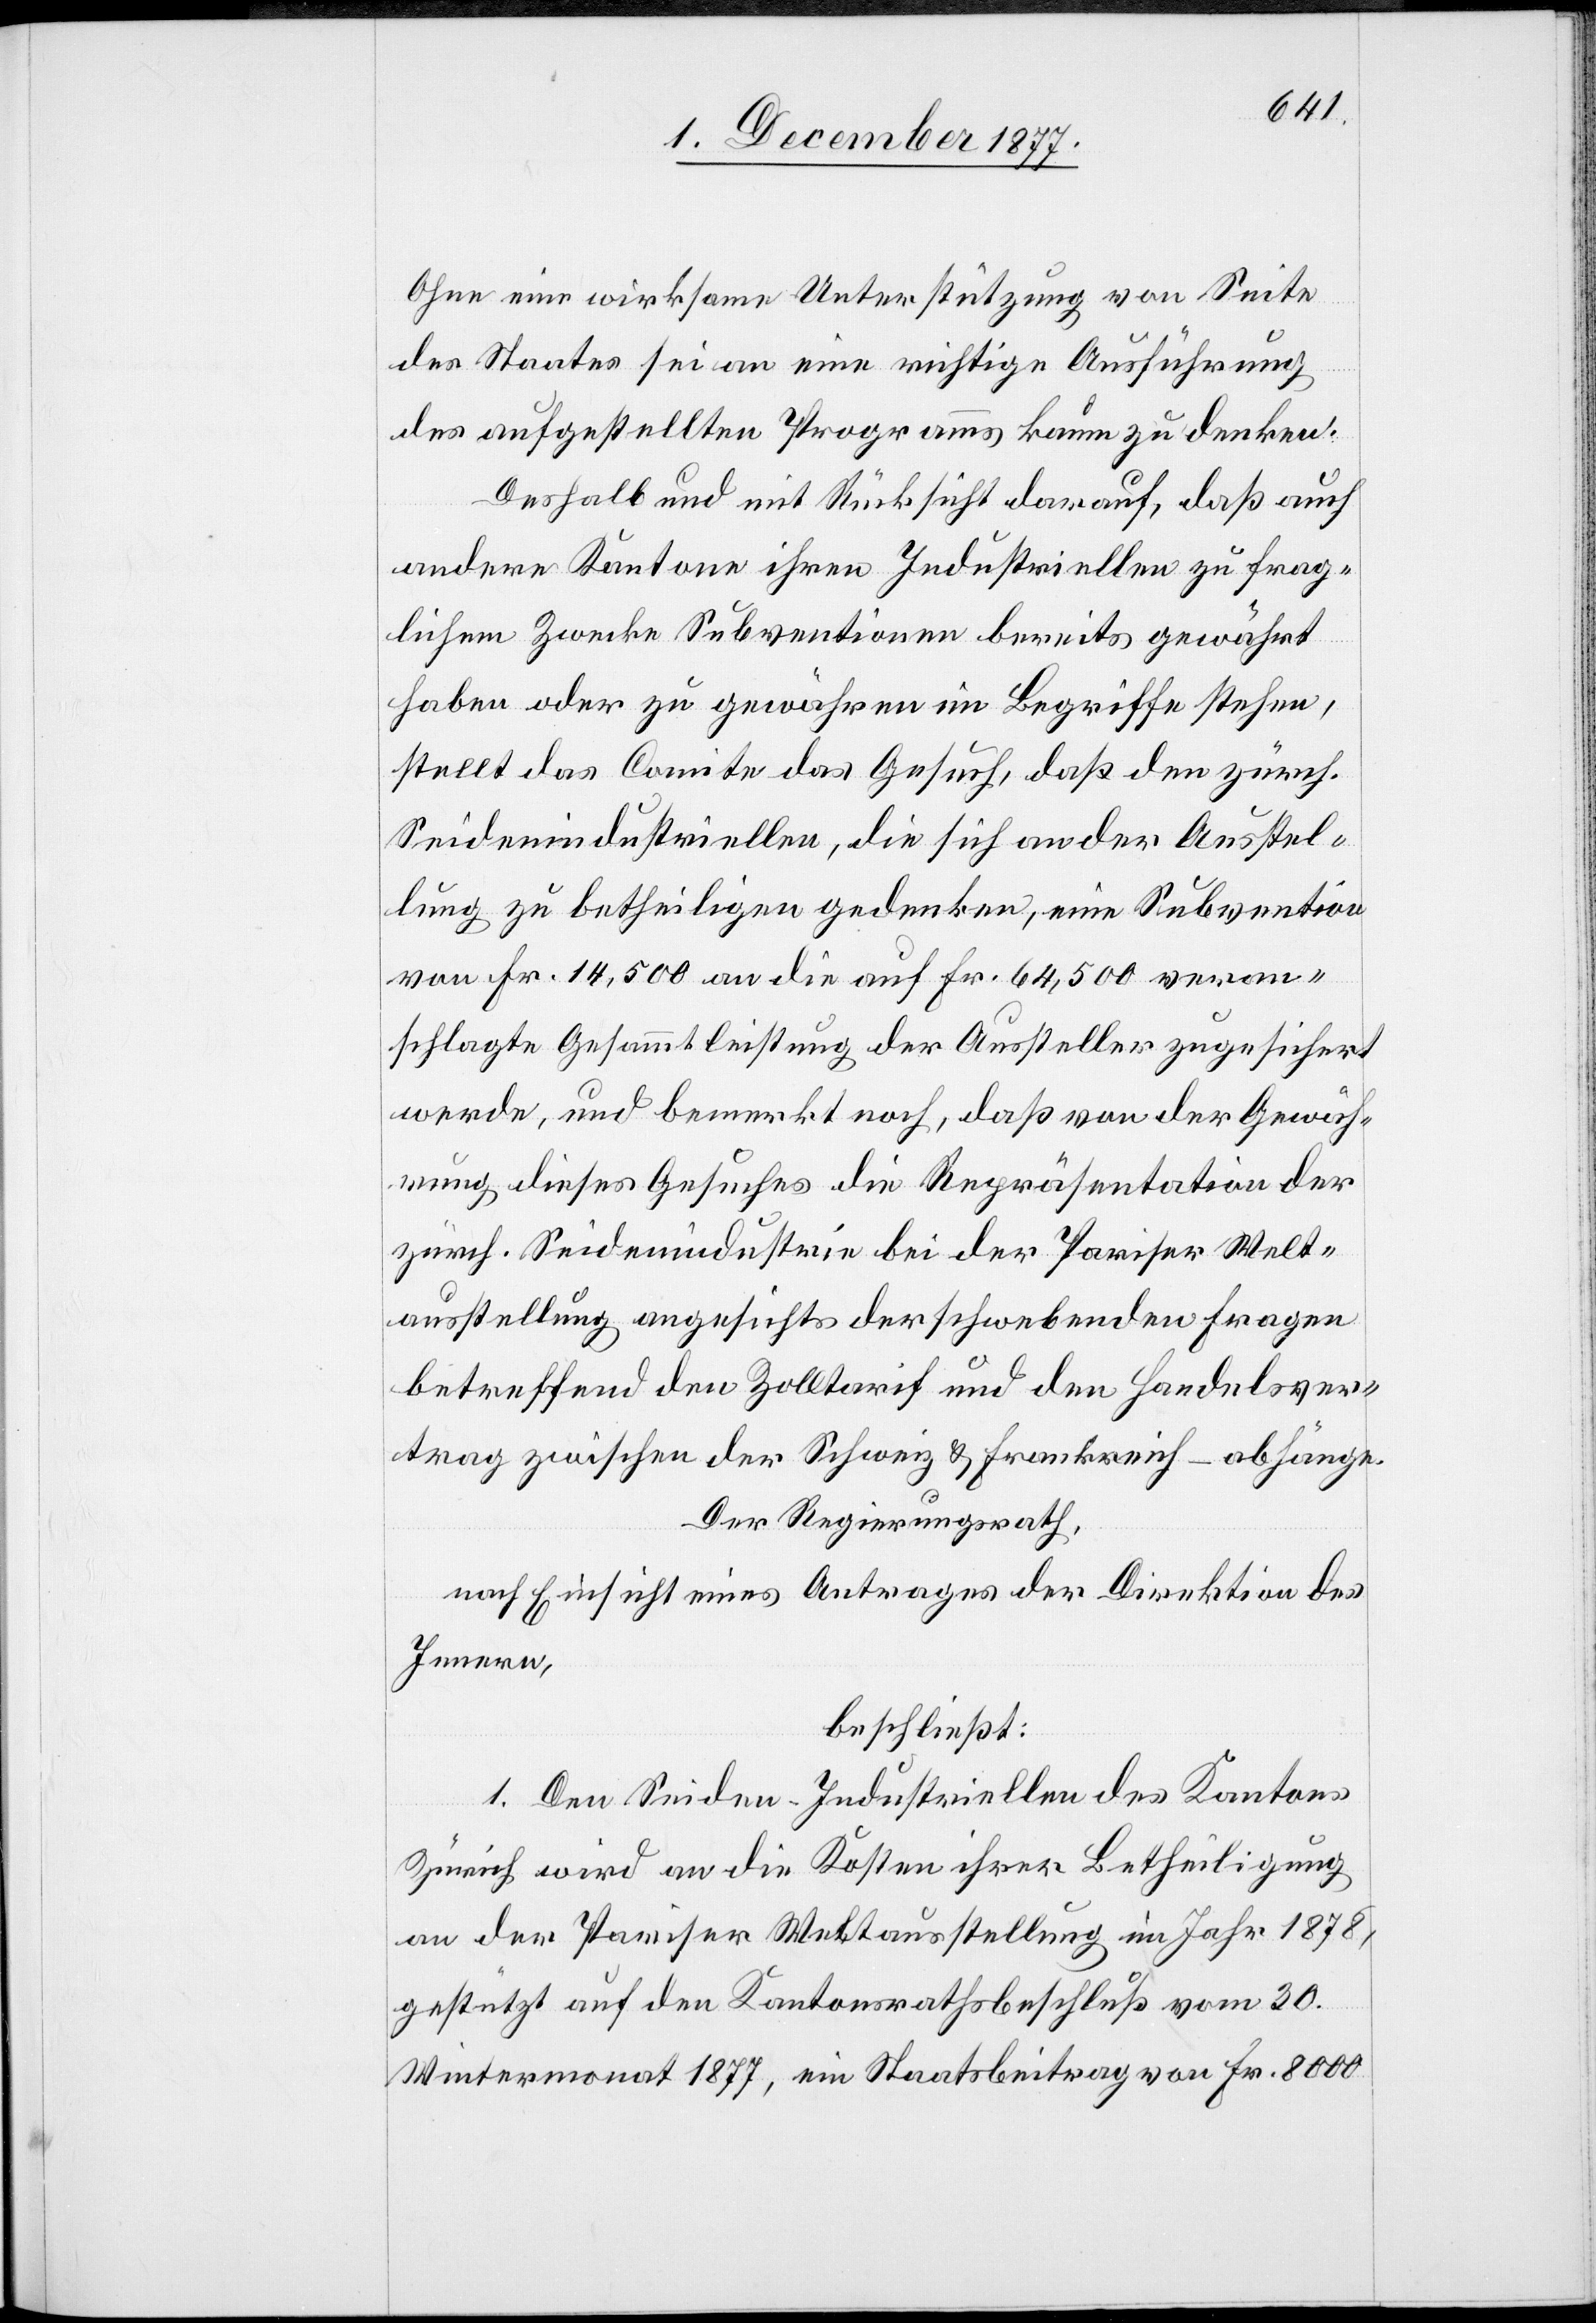
Ohne eine wirksame Unterstützung von Seite
des Staates sei an eine richtige Ausführung
des aufgestellten Programms kaum zu denken.
Deshalb und mit Rücksicht darauf, daß auch
andere Kantone ihren Industriellen zu frag¬
lichem Zwecke Subventionen bereits gewährt
haben oder zu gewähren im Begriffe stehen,
stellt das Comite das Gesuch, daß den zürch.
Seidenindustriellen, die sich an der Ausstel¬
lung zu betheiligen gedenken, eine Subvention
von Fr. 14,500 an die auf Fr. 64,500 veran¬
schlagte Gesammtleistung der Aussteller zugesichert
werde, und bemerkt noch, daß von der Gewäh¬
rung dieses Gesuches die Repräsentation der
zürch. Seidenindustrie bei der Pariser Welt¬
ausstellung angesichts der schwebenden Fragen
betreffend den Zolltarif und den Handelsver¬
trag zwischen der Schweiz & Frankreich – abhänge.
Der Regierungsrath,
nach Einsicht eines Antrages der Direktion des
Innern,
beschließt:
1. Den Seiden-Industriellen des Kantons
Zürich wird an die Kosten ihrer Betheiligung
an der Pariser Weltausstellung im Jahr 1878,
gestützt auf den Kantonsrathsbeschluß vom 30.
Wintermonat 1877, ein Staatsbeitrag von Fr. 8000